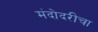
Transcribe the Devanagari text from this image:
मंदोदरीचा